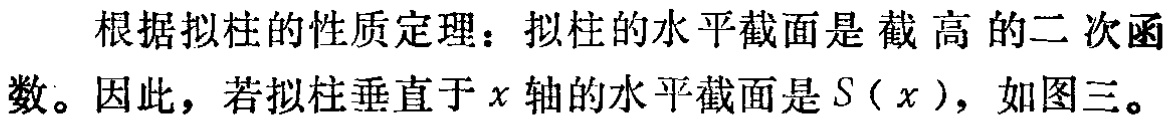
根据拟柱的性质定理：拟柱的水平截面是截高的二次函
数。因此，若拟柱垂直于\(x\)轴的水平截面是\(S(x)\)，如图三。